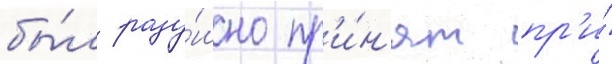
бы́л раду́шно пр'и́н'ят пр'и́